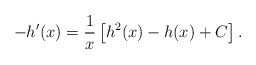
\begin{align*}-h'(x) = \frac 1x \left[h^2(x) - h(x) + C\right].\end{align*}